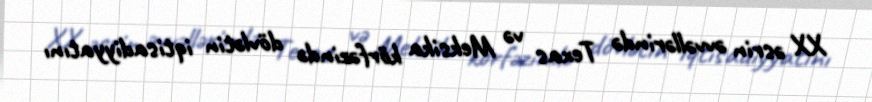
XX əsrin əvvəllərində Texas və Meksika körfəzində dövlətin iqtisadiyyatını